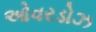
ઓવરડોઝ